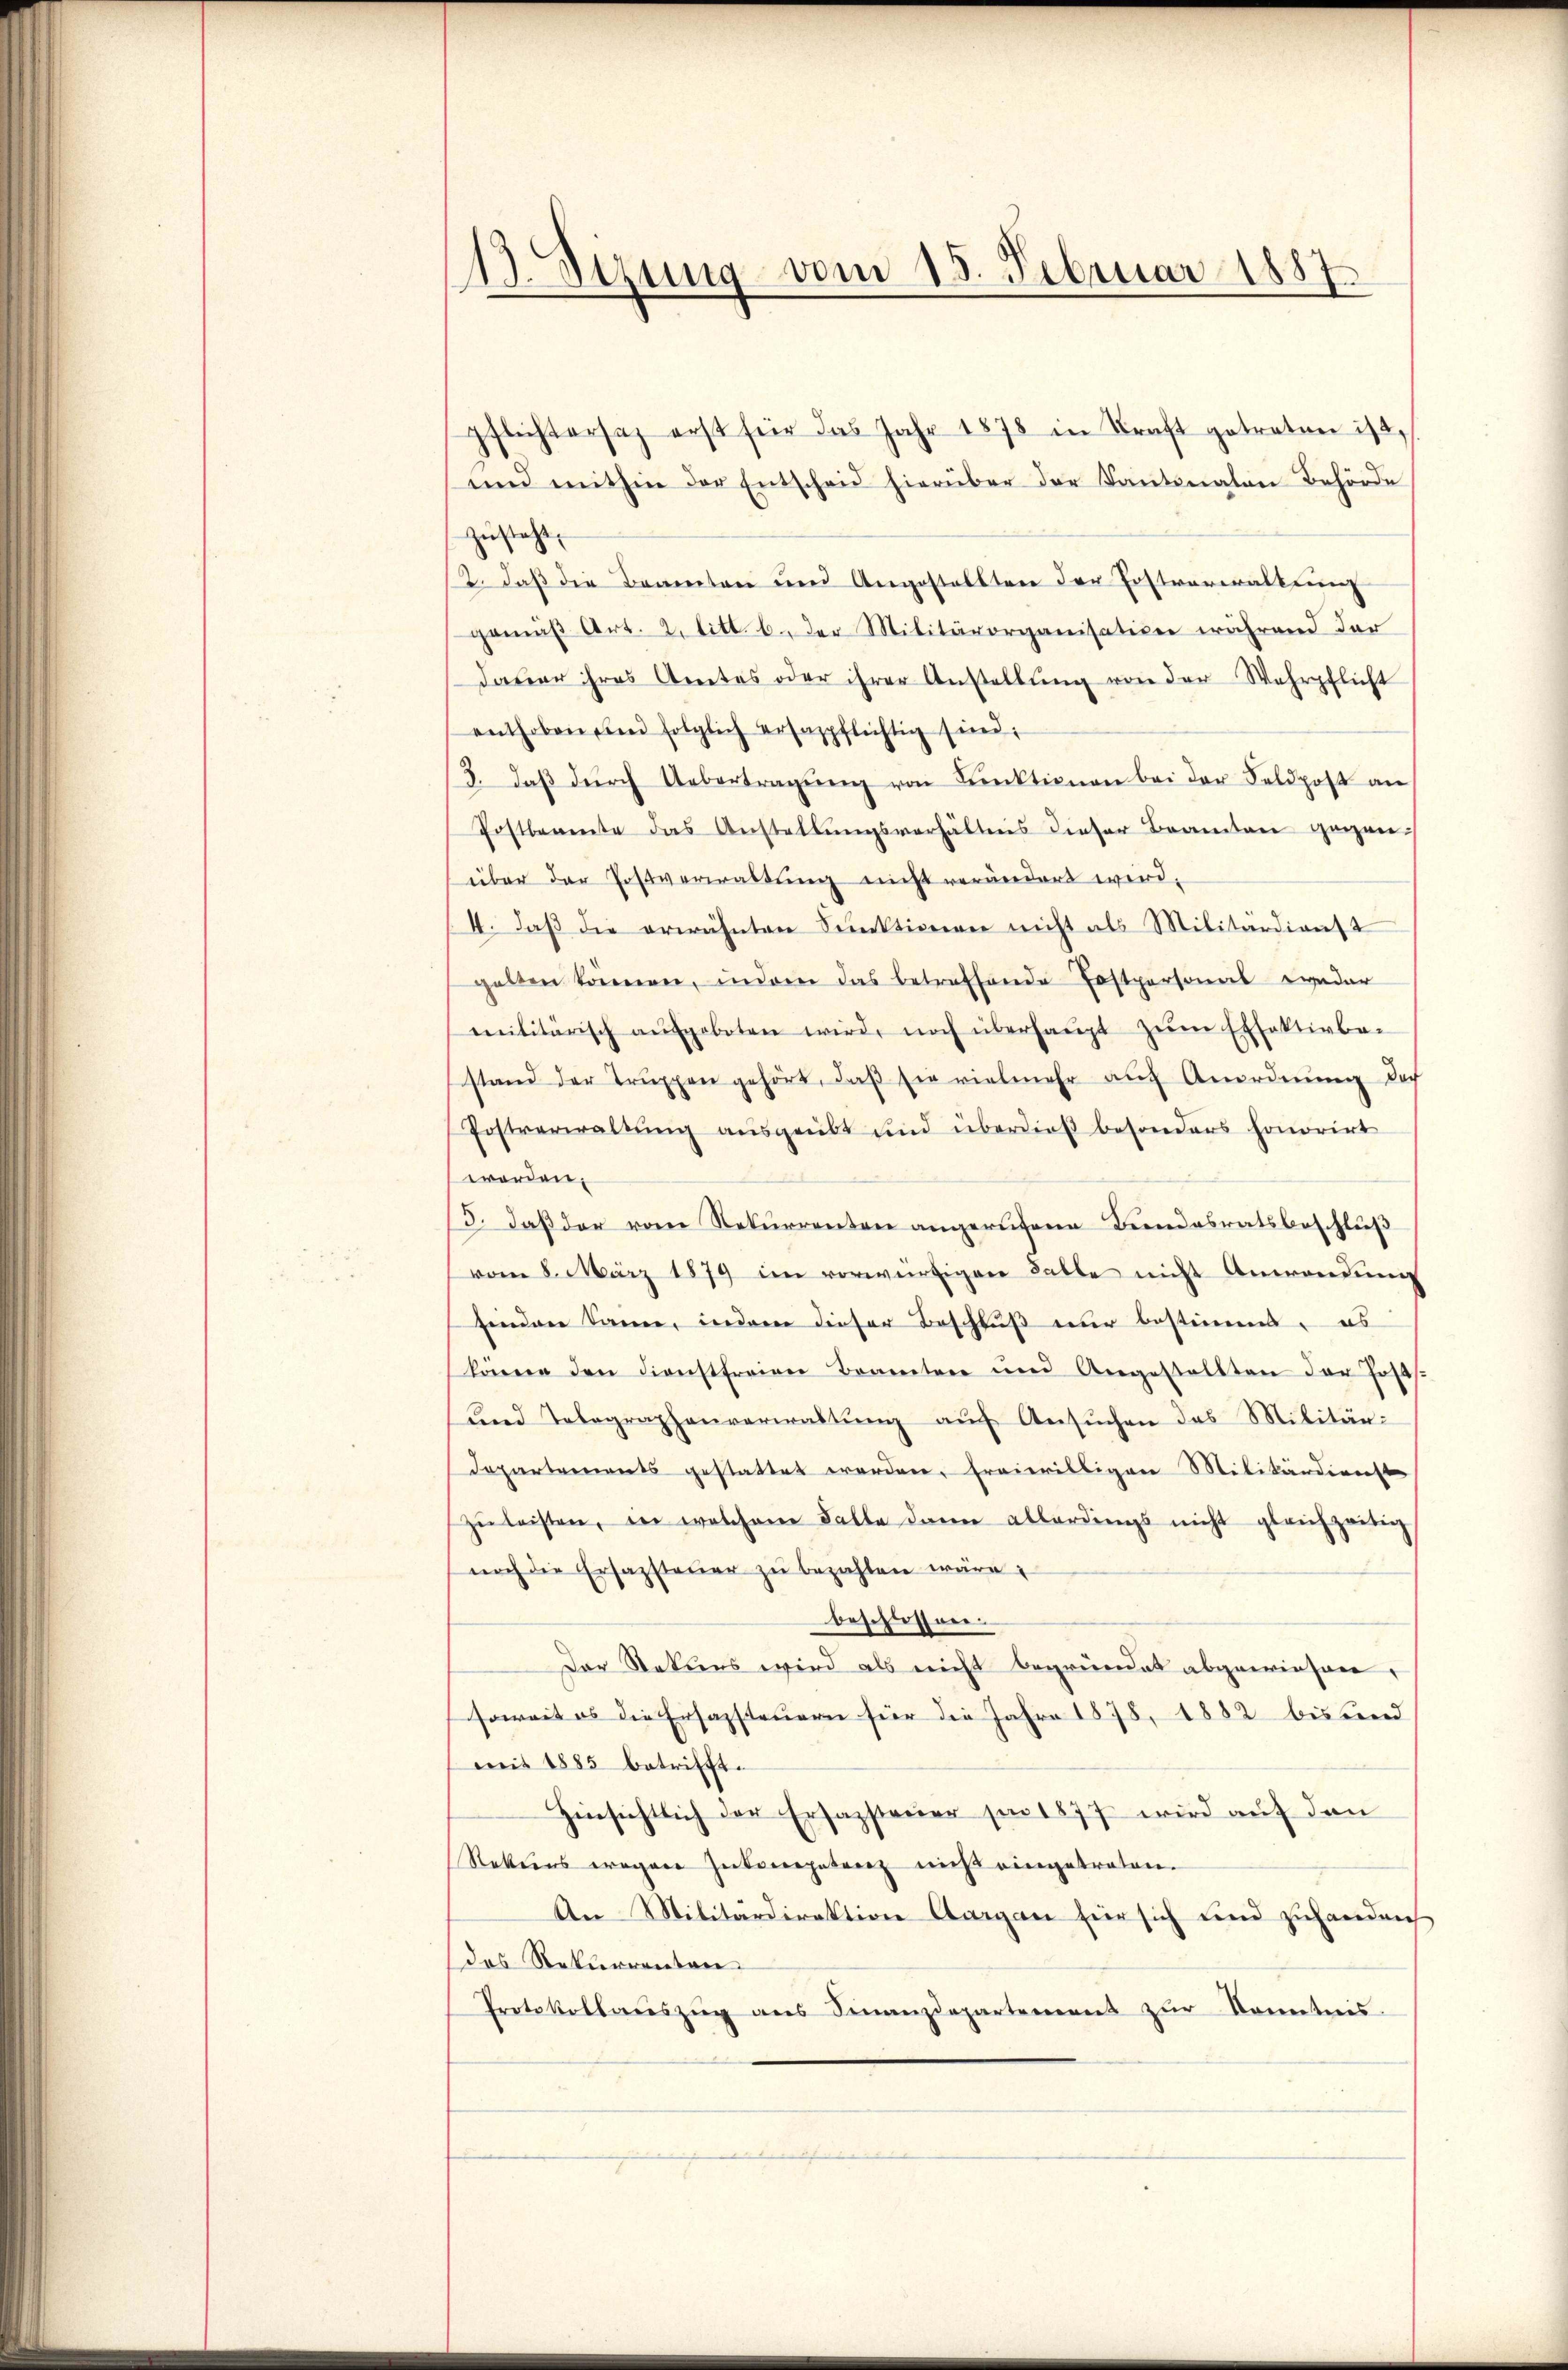
s
d. Sitzung vom 15. Februar 1887.

pflichtersah erst für das Jahr 1878 in Kraft getreten ist.
und mithin der Entscheid hierüber der Kantonaten Behörde
zusteht
12. daß die Beamten und Angestellten der Erstverwaltung
gemäß Art. 2. litt. b. der Militärorganisation während der
dauer ihres Amtes oder ihrer Anstellŭng von der Wehrpflicht
enthoben und folglich ersagpflichtig sind:
3. daβ dŭrch Uebertragŭng von Funktionen bei der Feldpost an
Postbeamte das Anstellŭngsverhältnis dieser Beamten gegen-
über der Postverwaltung nicht verändert wird,
4. daß die erwähnten Funktionen nicht als Militärdienst
gelten können, indem das betreffende Postpersonal wieder
militärisch aufgeboten wird, noch überhaupt zŭm Effektivbei
stand der Trŭppen gehört, daβ sie vielmehr aŭf Anordnŭng doch
Postverwaltŭng ausgeübt und überdieß besonders honorirt
worden.
3. daβ der vom Rekurrenten angerufene Bundesratsbeschlŭβ
vom 8. März 1879 im vorwürtigen Falle nicht Anwendung
finden kanne, inderer dieser Beschluß nur bestimmt, es
können den dienstfreien Beamten und Angestellten der Josts.
und Telegraphenverwaltung auf Ansuchen das Militär¬
Departements gestattet werden, freiwilligen Militärdienst
zŭ leisten, in welchem Falle dann allerdings nicht gleichzeitig
noch die Ersazsteŭer zŭ bezahlen wäre;
beschlossen.
Der Rekurs wird als nicht begründet abgewiesen,
soweit es die Ersazsteuern für die Jahre 1878, 1882 bis Land
mit 1885 betrifft.
Hinsichtlich der Ersazsteuer für 1877 wird auf den
Rekurs erogene Zuberpatenz nicht eingetraten.
An Militärdirektion Aargau für sich und zuhanden
das Rekurrentan
Protokollaŭszŭg ans Finanzdepartement zŭr Kenntnis.